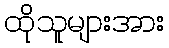
ထိုသူများအား